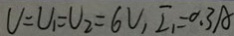
U = U _ { 1 } = U _ { 2 } = 6 V , I _ { 1 } = 0 . 3 A